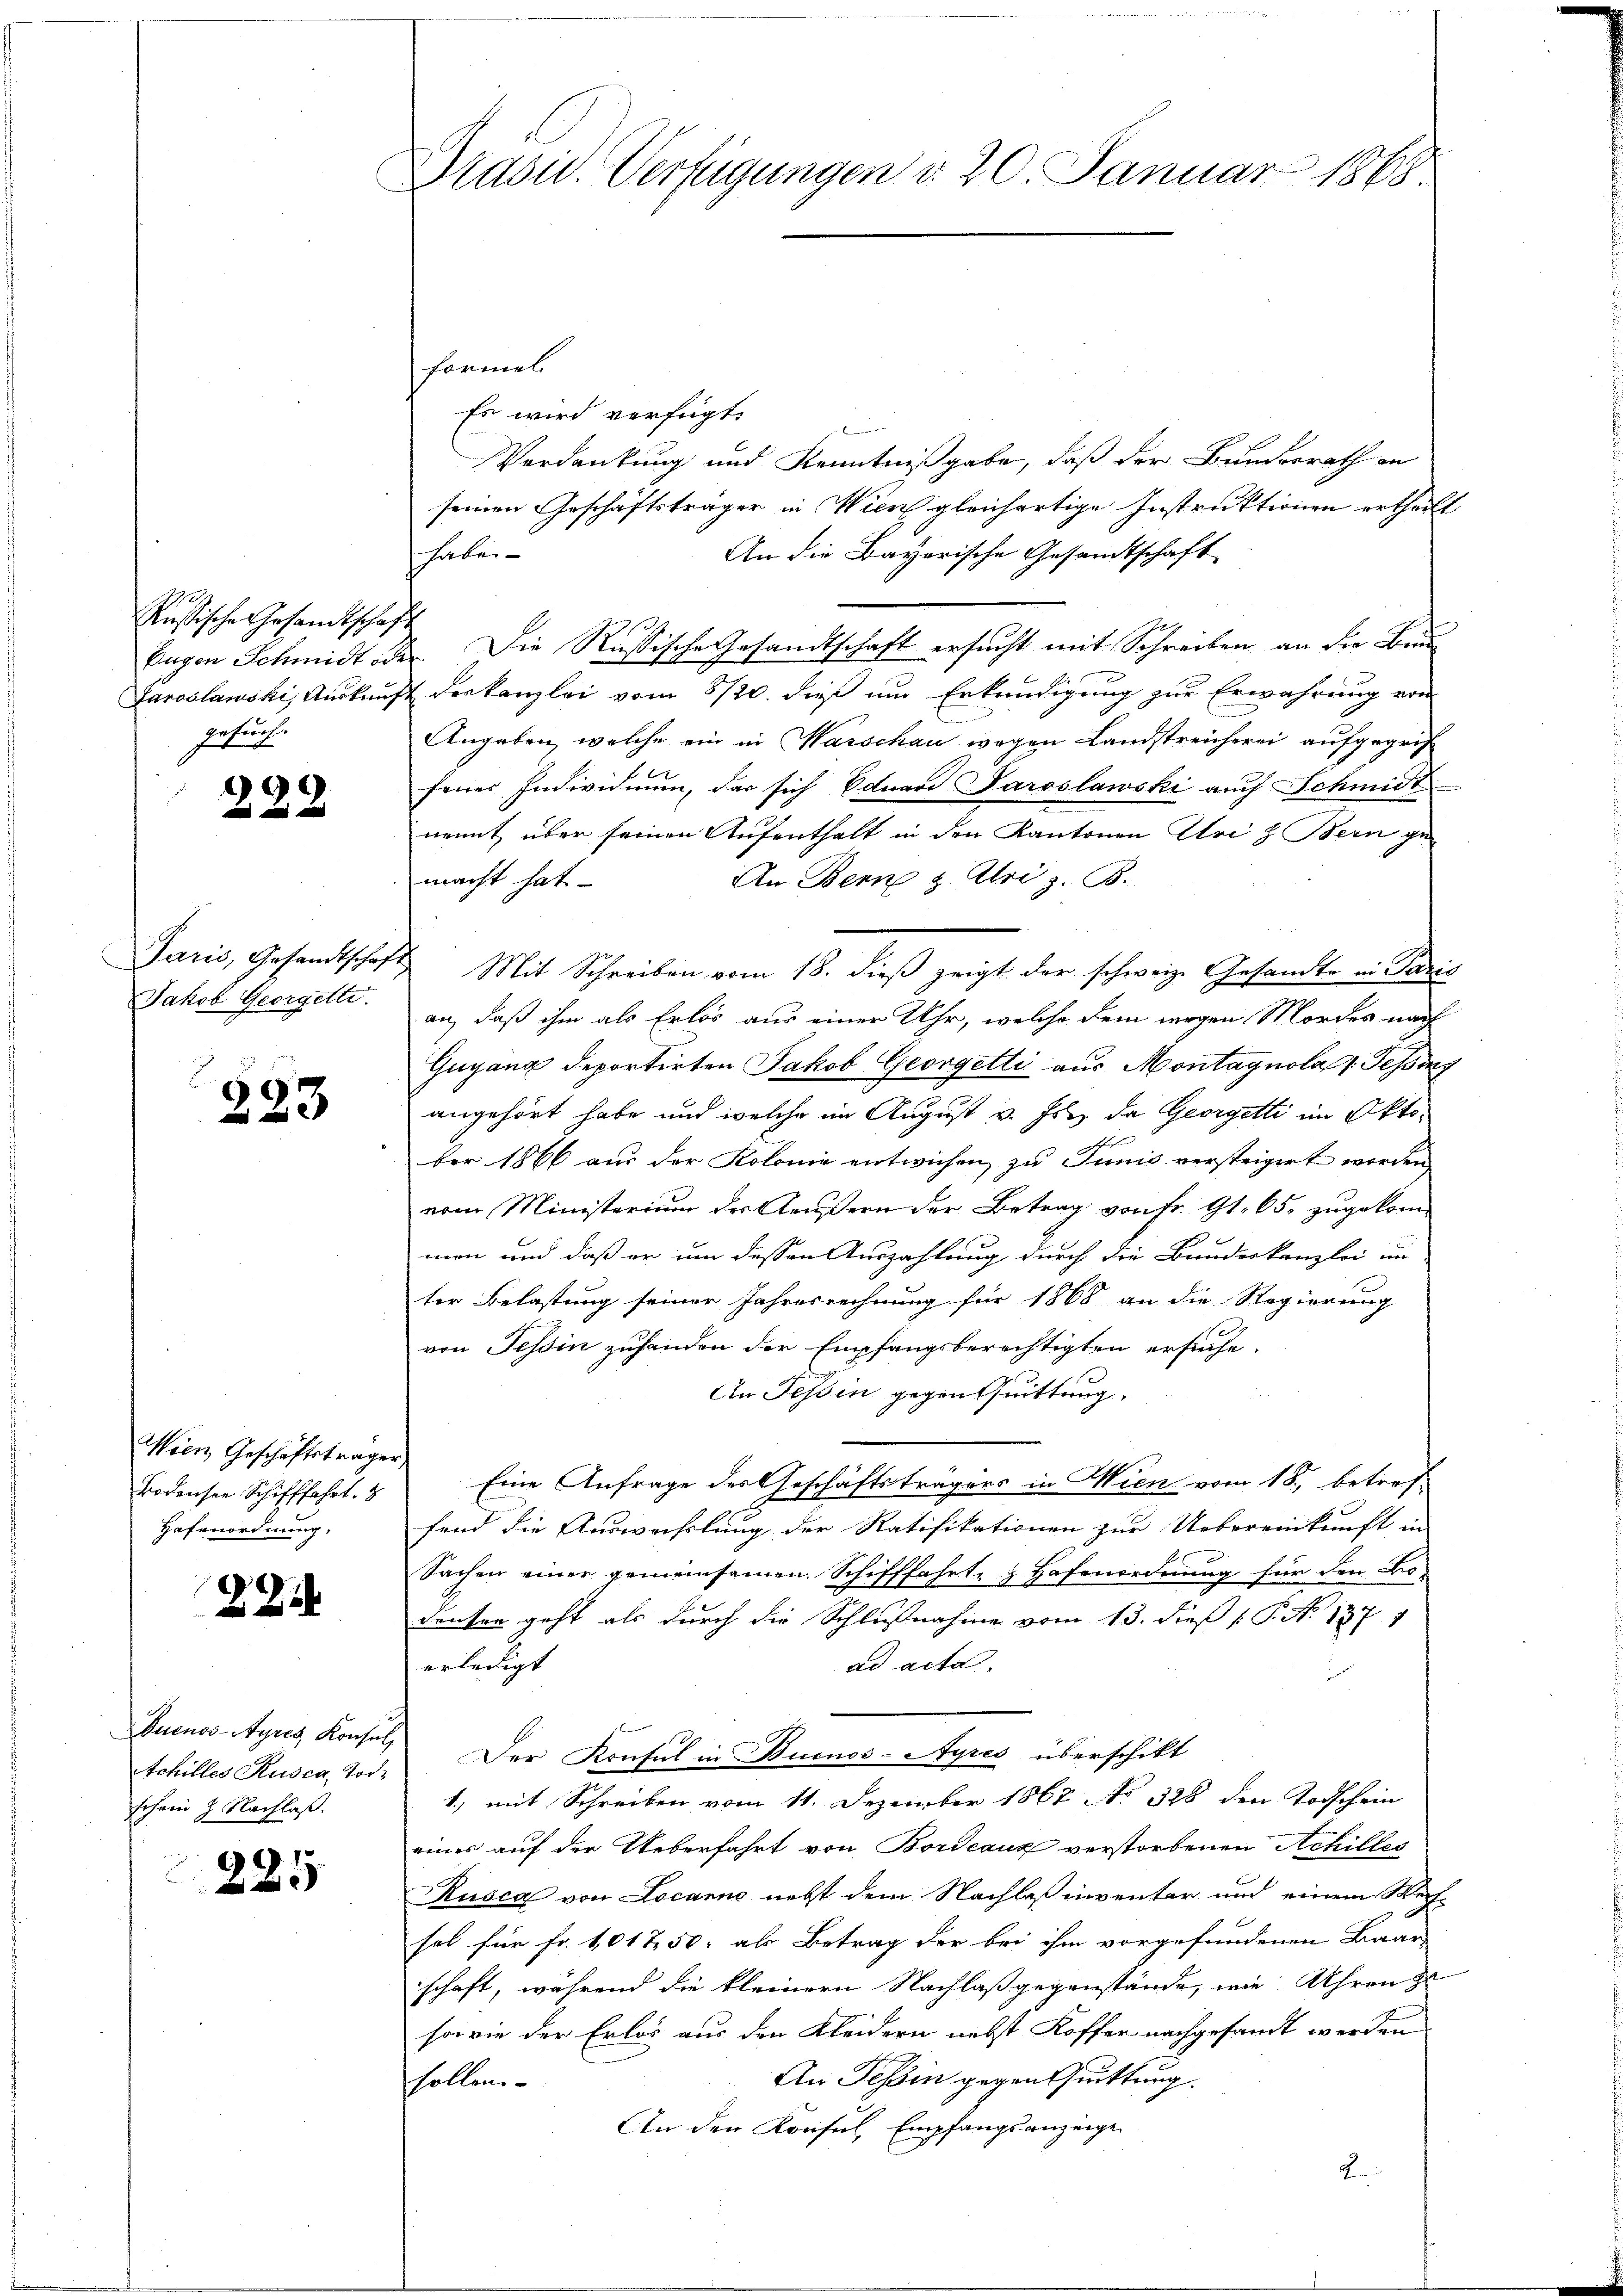
Rustische Gesandtschaft
ersuche

222

Jakob Georgette.

223

Wien Geschäftsträger,
Bodensee Schifffahrt. 8
Hafenordnung.

2

Quenos-Ayres, Konsul,
schein 9 Nachlaß.

91
220

Didsid. Verfügungen d. 20. Januar 1868.

formel
fe wird verfügt:

Verdankung und Kenntnißgabe, daß der Bundesrath an
seinen Geschäftsträger in Wien gleichertige Instruktionen ertheilt
An die Bayerische Gesandtschaft
haben
Eugen Schmidt oder Die Rußische Gesandtschaft ersucht mit Schreiben an die Bau¬
Jaroslawski, Auskauft der kanzlei vom 8/20. dieß um Erkundigung zur Erwährung von
Angaben, welche ein in Warschau wegen Landstreicherei aufgegrif
fenes Individuum, das sich Eduard Saroslawski auch Schmidt
nennt, über seinen Aufenthalt in den Kantonen Uri z. Bern ge-
An Bern & Uri z. B.
macht hat
Paris, Gesandtschaft Mit Schreiben vom 18. dieß zeigt der schweize Gesandte in Paris
an, daß ihm als Erlös aus einer Uhr, welche dem wegen Mordes nach
Guyana deportirten Jakob Georgetti aus Montagnola : Tessing
angehört habe und welche im August v. Js. da Georgetti im Oktof
ber 1866 aus der Kolonie entwichen zu Junis versteigert worden,
eren Ministerium des Äussern der Betrag von Fr. 91. 65. zugekom-
mon und daß er um dessen Auszahlung durch die Bundeskanzlei in
ter Belastung seiner Jahresrechnung für 1868 an die Regierung
von Tessin zuhanden der Empfangsberechtigten ersuche.
An Tessin gegen Quittung.
Eine Anfrage des Geschäftsträgers in Wien vom 18., betref-
fend die Auswachslung der Ratifikationen zur Uebereinkunft in
Sachen einer gemeinsamen. Schifffahrte z. Hafenordnung für den Bo-
denten geht als durch die Schlußnahme vom 13. dieß P. N. 137. 1
erledigt
ad acta
Achilles Rusca, Tod. Der Konsul in Buenos-Ayres überschikt
1) mit Schreiben vom 11. Dezember 1867 No 328 den Todschein
eines auf der Ueberfahrt von Bordeaux verstorbenen Achilles
Rusca von Locarno nebst dem Nachlaßinventar und einem Wech-
sel für Fr. 1017 50. als Betrag der bei ihm vorgefundenen Baar
schaft, während die kleinern Nachlassgegenstände, wie Uhren zu
sowie der Erlös aus den Kleidern nebst Koffer nachgesandt werden
An Tessin gegen Quittung.
schollen
An den Konsul, Empfangsanzeige
2.